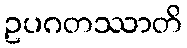
ဥပဂတဿာတိ